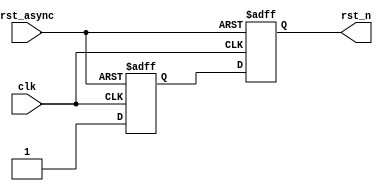
module reset_generator_1 (
  rst_n,
  clk, rst_async
  );
  input clk;
  input rst_async; 
  output rst_n;    
  reg                   rst_async_m; 
  reg                   rst_async_r; 
  always @(negedge clk or negedge rst_async) begin
    if(rst_async == 1'b0) begin
      rst_async_m <= 1'h0;
      rst_async_r <= 1'h0;
    end
    else begin
      rst_async_m <= 1'b1; 
      rst_async_r <= rst_async_m;
    end
  end
  assign rst_n = rst_async_r;
endmodule